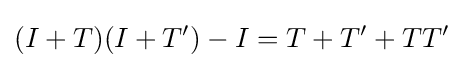
(I+T)(I+T')-I=T+T'+TT'